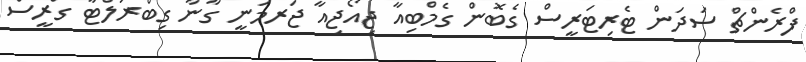
ފްރެންޗް ސަދަން ޓެރިޓަރީސް ގެބޮން ގެމްބިއާ ޖިއޯޖިއާ ޖަރމަނީ ގާނާ ގިބްރަލްޓާ ގްރީސް